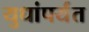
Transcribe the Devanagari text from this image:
युधांपर्यंत